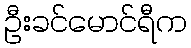
ဦးခင်မောင်ရီက